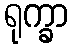
ရုက္ခာ